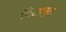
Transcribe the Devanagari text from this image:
निसानुल